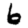
Digit: 6